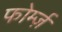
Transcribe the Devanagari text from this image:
फोर्म्ज़